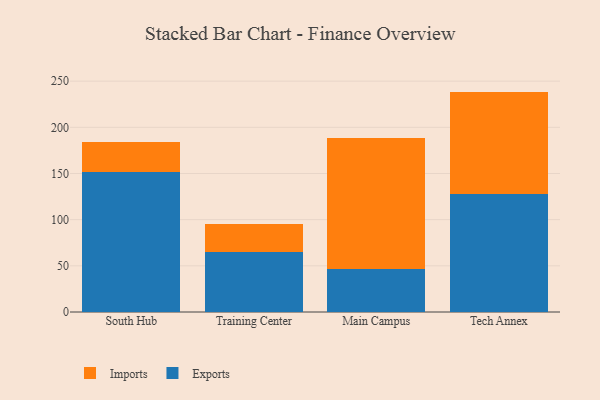
{"axis": {"x": "Campus", "y": "Humidity (%)"}, "legend": ["Exports", "Imports"], "data": [{"x": "South Hub", "y": 151.2, "type": "Exports"}, {"x": "South Hub", "y": 32.9, "type": "Imports"}, {"x": "Training Center", "y": 64.9, "type": "Exports"}, {"x": "Training Center", "y": 30.4, "type": "Imports"}, {"x": "Main Campus", "y": 47.1, "type": "Exports"}, {"x": "Main Campus", "y": 141.5, "type": "Imports"}, {"x": "Tech Annex", "y": 127.9, "type": "Exports"}, {"x": "Tech Annex", "y": 110.8, "type": "Imports"}]}